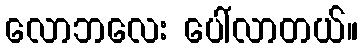
လောဘလေး ပေါ်လာတယ်။